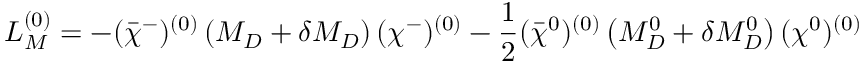
{ \cal L } _ { M } ^ { ( 0 ) } = - ( \bar { \chi } ^ { - } ) ^ { ( 0 ) } \left( M _ { D } + \delta M _ { D } \right) ( \chi ^ { - } ) ^ { ( 0 ) } - \frac { 1 } { 2 } ( \bar { \chi } ^ { 0 } ) ^ { ( 0 ) } \left( M _ { D } ^ { 0 } + \delta M _ { D } ^ { 0 } \right) ( \chi ^ { 0 } ) ^ { ( 0 ) }